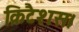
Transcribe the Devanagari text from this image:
क्रिटैशस।